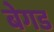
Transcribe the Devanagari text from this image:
बेगड